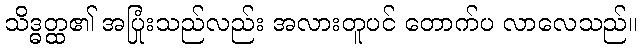
သိဒ္ဓတ္ထ၏ အပြုံးသည်လည်း အလားတူပင် တောက်ပ လာလေသည်။